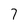
Character: 7